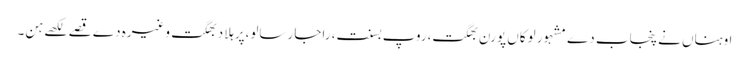
اوہناں نے پنجاب دے مشہور لوکاں پورن بھگت،روپ بسنت، راجا رسالو،پرہلاد بھگت وغیرہ دے قصے لکھے ہن۔